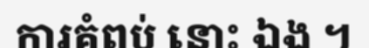
ការគំពប់ នោះ ឯង ។